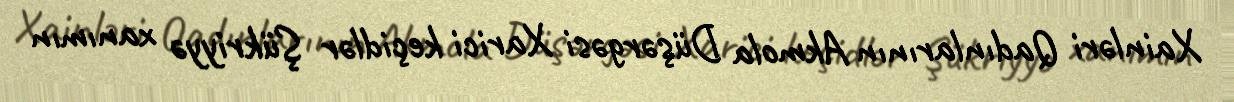
Xainləri Qadınlarının Akmola Düşərgəsi Xarici keçidlər Şükriyyə xanımın